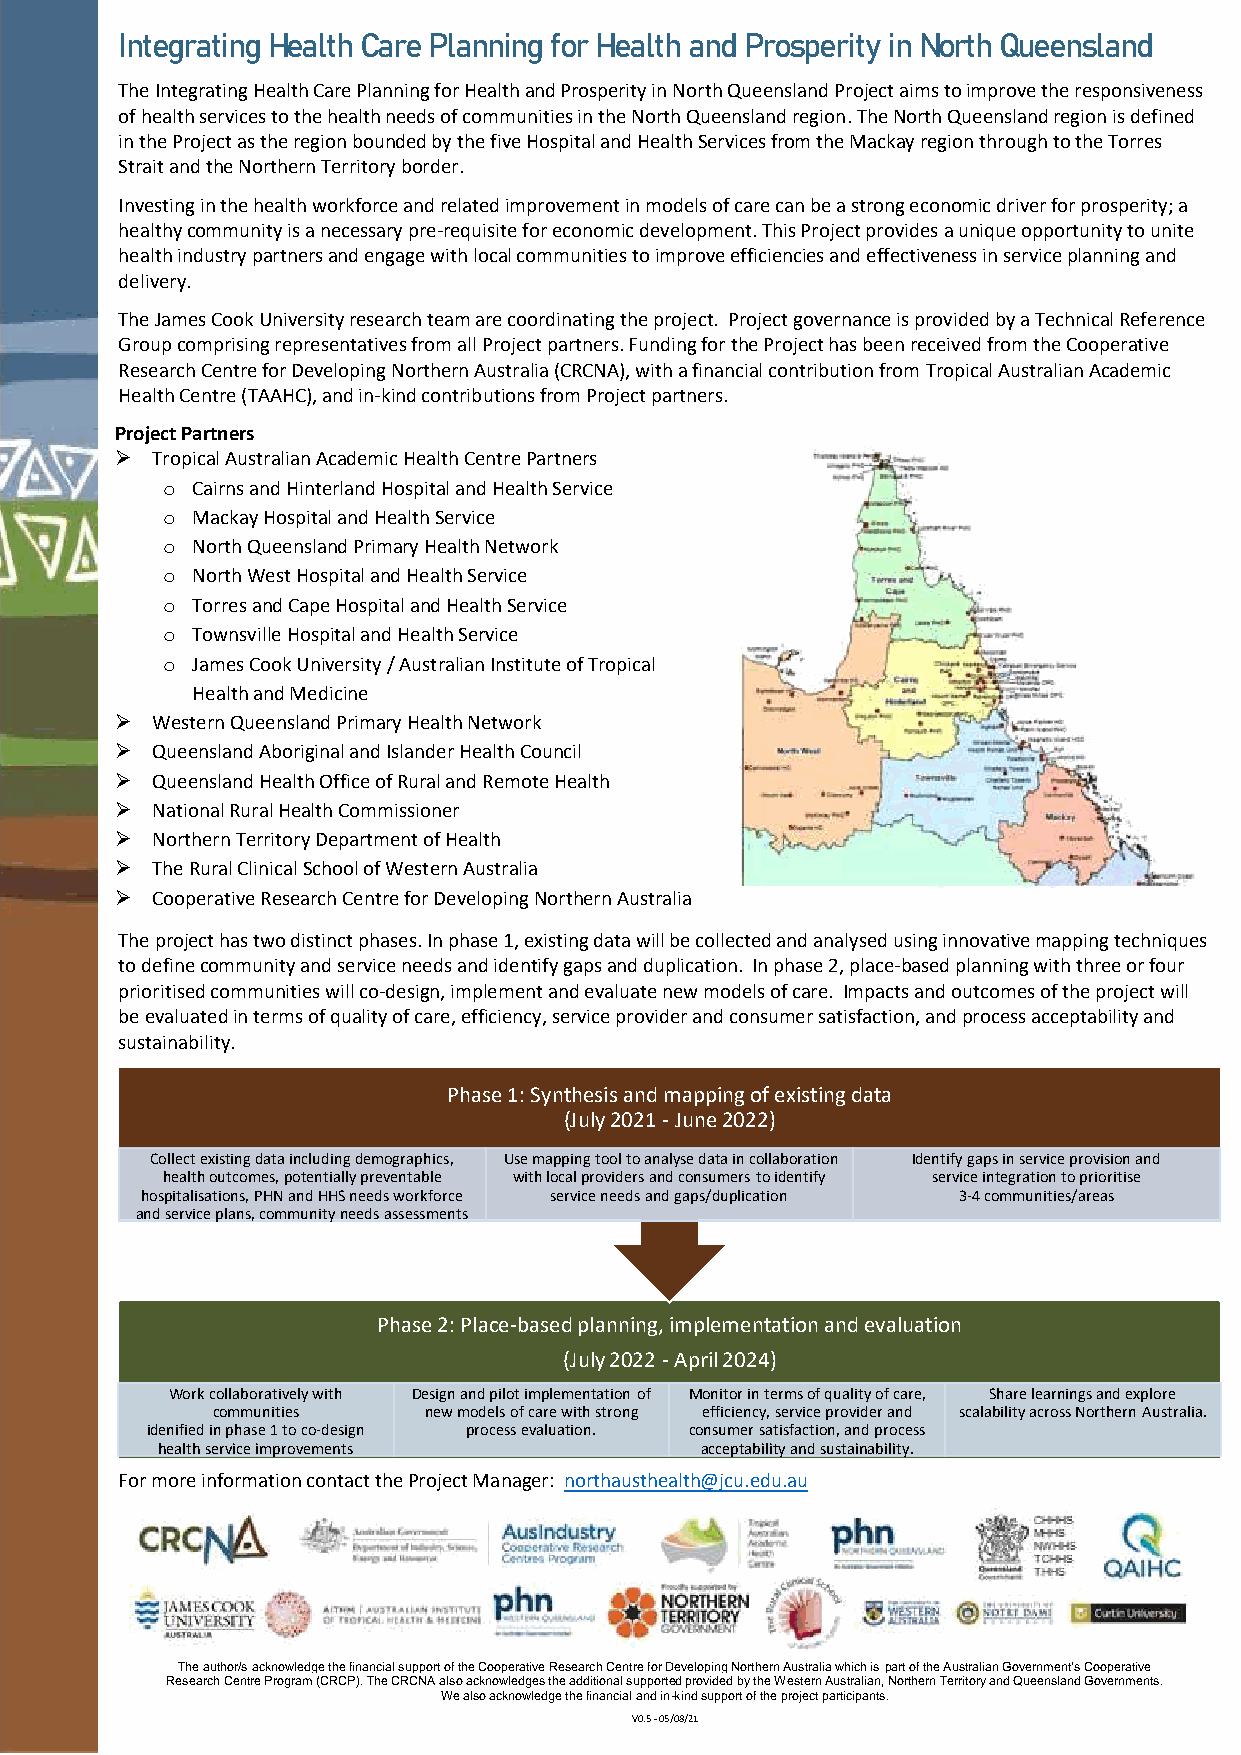
Integrating Health Care Planning for Health and Prosperity in North Queensland
 The Integrating Health Care Planning for Health and Prosperity in North Queensland Project aims to improve the responsiveness
 of health services to the health needs of communities in the North Queensland region. The North Queensland region is defined
 in the Project as the region bounded by the five Hospital and Health Services from the Mackay region through to the Torres
 Strait and the Northern Territory border.
 Investing in the health workforce and related improvement in models of care can be a strong economic driver for prosperity; a
 healthy community is a necessary pre-requisite for economic development. This Project provides a unique opportunity to unite
 health industry partners and engage with local communities to improve efficiencies and effectiveness in service planning and
 delivery.
 The James Cook University research team are coordinating the project. Project governance is provided by a Technical Reference
 Group comprising representatives from all Project partners. Funding for the Project has been received from the Cooperative
 Research Centre for Developing Northern Australia (CRCNA), with a financial contribution from Tropical Australian Academic
 Health Centre (TAAHC), and in-kind contributions from Project partners.
 Project Partners
  Tropical Australian Academic Health Centre Partners
 o Cairns and Hinterland Hospital and Health Service
 o Mackay Hospital and Health Service
 o North Queensland Primary Health Network
 o North West Hospital and Health Service
 o Torres and Cape Hospital and Health Service
 o Townsville Hospital and Health Service
 o James Cook University / Australian Institute of Tropical
 Health and Medicine
  Western Queensland Primary Health Network
  Queensland Aboriginal and Islander Health Council
  Queensland Health Office of Rural and Remote Health
  National Rural Health Commissioner
  Northern Territory Department of Health
  The Rural Clinical School of Western Australia
  Cooperative Research Centre for Developing Northern Australia
 The project has two distinct phases. In phase 1, existing data will be collected and analysed using innovative mapping techniques
 to define community and service needs and identify gaps and duplication. In phase 2, place-based planning with three or four
 prioritised communities will co-design, implement and evaluate new models of care. Impacts and outcomes of the project will
 be evaluated in terms of quality of care, efficiency, service provider and consumer satisfaction, and process acceptability and
 sustainability.
 Phase 1: Synthesis and mapping of existing data
 (July 2021 -June 2022)
 Collect existing data including demographics, Use mapping tool to analyse data in collaboration Identify gaps in service provision and
 health outcomes, potentially preventable with local providers and consumers to identify service integration to prioritise
 hospitalisations, PHN and HHS needs workforce service needs and gaps/duplication 3-4 communities/areas
 and service plans, community needs assessments
 Phase 2: Place-based planning, implementation and evaluation
 (July 2022 -April 2024)
 Work collaboratively with Design and pilot implementation of Monitor in terms of quality of care, Share learnings and explore
 communities   new models of care with strong efficiency, service provider and scalability across Northern Australia.
 idenified in phase 1 to co-design process evaluation. consumer satisfaction, and process
 health service improvements         acceptability and sustainability.
 For more information contact the Project Manager: northausthealth@jcu.edu.au
 The author/s acknowledge the financial support of the Cooperative Research Centre for Developing Northern Australia which is part of the Australian Government's Cooperative
 Research Centre Program (CRCP). The CRCNA also acknowledges the additional supported provided by the Western Australian, Northern Territory and Queensland Governments.
 We also acknowledge the financial and in-kind support of the project participants.
 V0.5 - 05/08/21